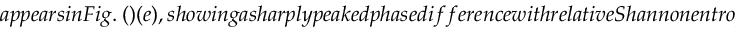
a p p e a r s i n F i g . ~ ( ) ( e ) , s h o w i n g a s h a r p l y p e a k e d p h a s e d i f f e r e n c e w i t h r e l a t i v e S h a n n o n e n t r o p y